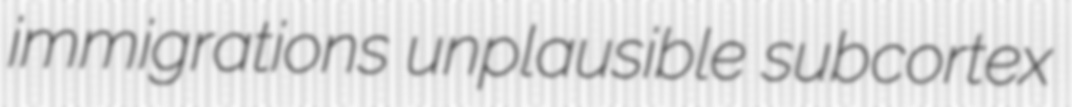
immigrations unplausible subcortex